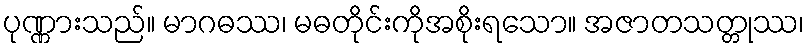
ပုဏ္ဏားသည်။ မာဂဓဿ၊ မဓတိုင်းကိုအစိုးရသော။ အဇာတသတ္တုဿ၊